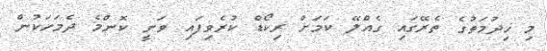
މި ޚިދުމަތުގެ ތެރޭގައި ގެއްލޭ ކަމަށް ރިކޯޑް ކުރެވިފައި ވަނީ ކޮންމެ ދެމަހަކުން